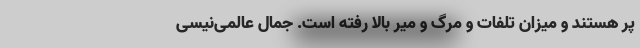
پر هستند و میزان تلفات و مرگ و میر بالا رفته است. جمال عالمی‌نیسی